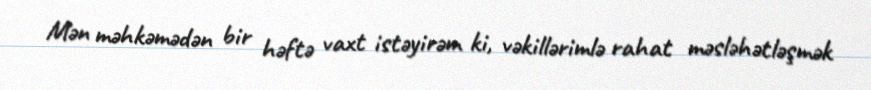
Mən məhkəmədən bir həftə vaxt istəyirəm ki, vəkillərimlə rahat məsləhətləşmək